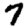
Digit: 7